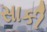
સાકી